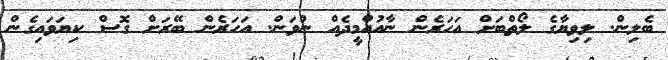
ބެލިން. ލިވިޔާގެ ލޯތްބަށް އަހަރެން ނާއުއްމީދެއް ނުވަން. އަހަރެން ބޭރަށް ގޮސް ކިޔަވައިގެން